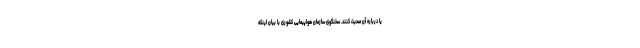
یا درباره آن صحبت کنند. سخنگوی سازمان هواپیمایی کشوری با بیان اینکه